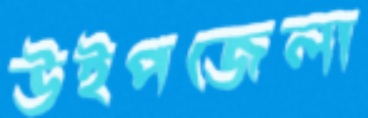
উইপজেলা